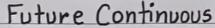
Future Continuous